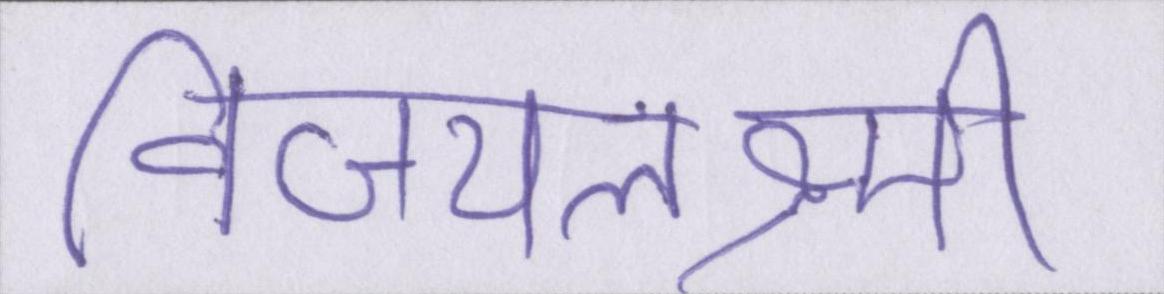
विजयलक्ष्मी